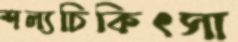
শল্যচিকিৎসা